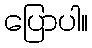
ပြောပါ။